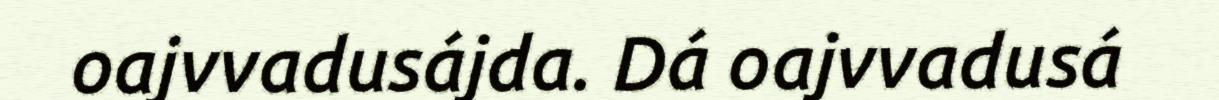
oajvvadusájda. Dá oajvvadusá